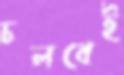
চলবেই